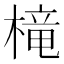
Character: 槞